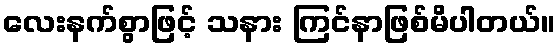
လေးနက်စွာဖြင့် သနား ကြင်နာဖြစ်မိပါတယ်။